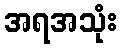
အရအသုံး